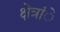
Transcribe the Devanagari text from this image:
क्षेत्रांे